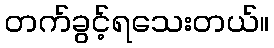
တက်ခွင့်ရသေးတယ်။